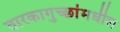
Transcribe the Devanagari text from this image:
तारकागुच्छांमधील